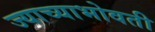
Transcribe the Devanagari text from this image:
ज्याच्याभोवती